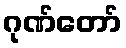
ဂုဏ်တော်